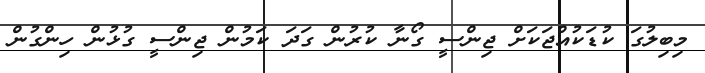
މިބިލުގަ ކުޑަކުއްޖަކަށް ޖިންސީ ގޯނާ ކުރުން ގަދަ ކަމުން ޖިންސީ ގުޅުން ހިންގުން